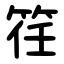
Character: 䇮